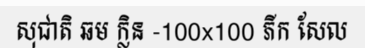
សុជាតិ ឆម ក្លិន -100x100 ភីក សែល